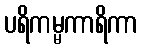
ပရိကမ္မကာရိကာ